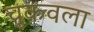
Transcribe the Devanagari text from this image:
चुकवला